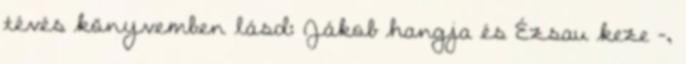
tévés könyvemben lásd: Já­kob hangja és Ézsau keze -,